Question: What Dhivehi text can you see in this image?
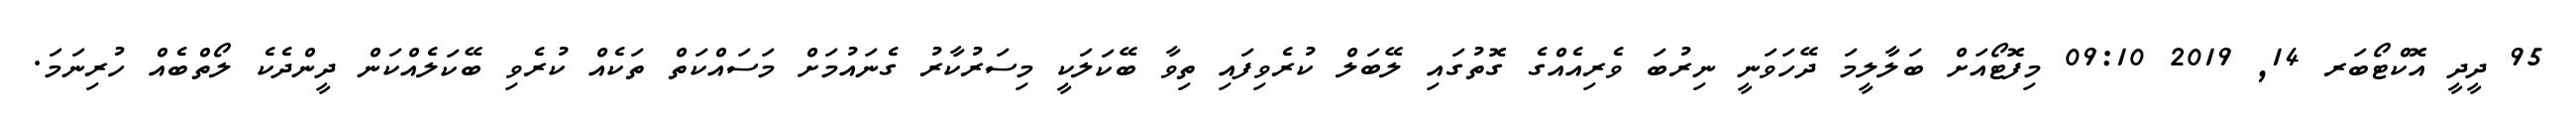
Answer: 95 ދީދީ އޮކްޓޯބަރ 14, 2019 09:10 މިފޮޓޯއަށް ބަލާލީމަ ދޭހަވަނީ ނިރުބަ ވެރިއެއްގެ ގޮތުގައި ލޭބަލް ކުރެވިފައި ތިވާ ބޭކަލަކީ މިސަރުކާރު ގެނައުމަށް މަސައްކަތް ތަކެއް ކުރެވި ބޭކަލެއްކަން ދީންދެކެ ލޯތްބެއް ހުރިނަމަ.